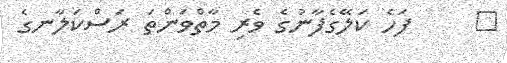
٢     ފަހެ ކަލޭގެފާނުގެ ވެރި މާތްވަންތަ ރަސްކަލާނގެ